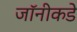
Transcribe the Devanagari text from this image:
जॉनीकडे